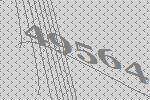
49564